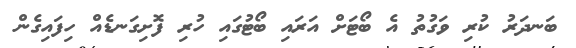
ބަނދަރު ކުރި ވަގުތު އެ ބޯޓަށް އަރައި ބޯޓުގައި ހުރި ފޮށިގަނޑެއް ހިފައިގެން